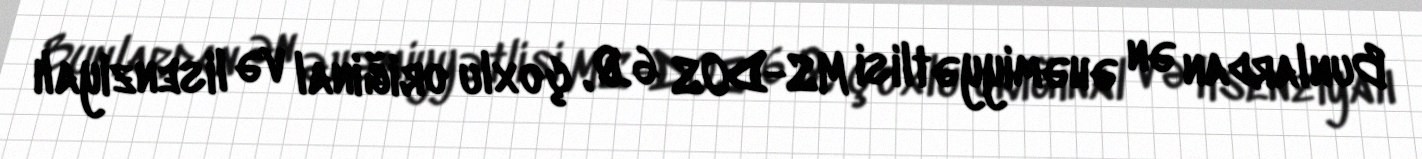
Bunlardan ən əhəmiyyətlisi MS-DOS 6.0, çoxlu oriğinal və lisenziyalı